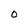
Character: O